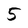
Character: 5